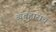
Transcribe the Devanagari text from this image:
व्यवहाराचं